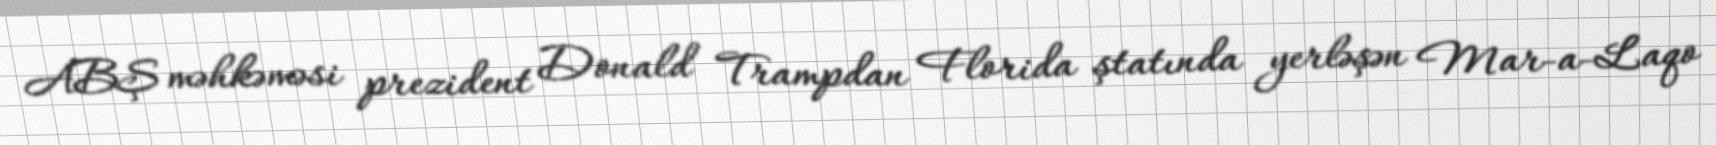
ABŞ məhkəməsi prezident Donald Trampdan Florida ştatında yerləşən Mar-a-Laqo